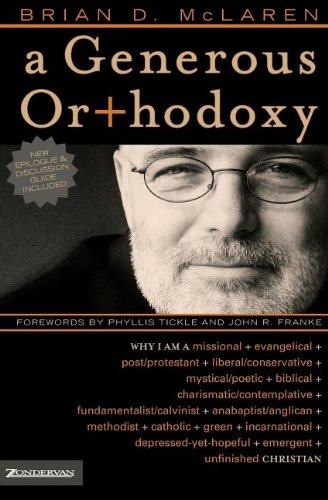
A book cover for A Generous Orthodoxy: Why I am a missional, evangelical, post/protestant, liberal/conservative, mystical/poetic, biblical, charismatic/contemplative, ... emergent, unfinished Christian (emergentYS); Brian D. McLaren; Christian Books & Bibles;